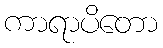
ကာရာပိတော